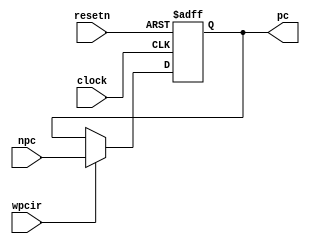
module pipepc(
	input [31: 0]npc,
	input wpcir, 
	input clock,
	input resetn,
	output reg [31: 0] pc
);

	always @ (posedge clock or negedge resetn)
	if (resetn == 0)
		pc <= -4; // pc4
	else
		if (wpcir != 0) // pc
			pc <= npc;
			
endmodule